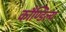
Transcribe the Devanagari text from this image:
कौण्डिल्य